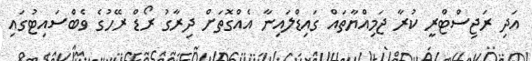
އަދި ރަޖިސްޓްރީ ކުރާ ޖަމިއްޔާތައް ގައިޑްލައިނާ އެއްގޮތަށް ދިރާގު ރޯޑް ރޭހުގެ ވެބްސައިޓުގައި